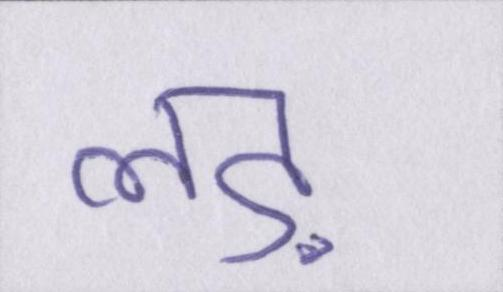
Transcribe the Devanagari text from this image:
लड़